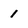
Character: 1